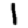
Digit: 1